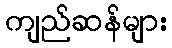
ကျည်ဆန်များ